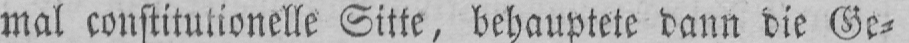
mal constitutionelle Sitte, behauptete dann die Ge⸗